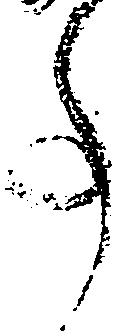
事